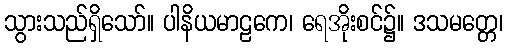
သွားသည်ရှိသော်။ ပါနိယမာဠကေ၊ ရေအိုးစင်၌။ ဒသမတ္တေ၊